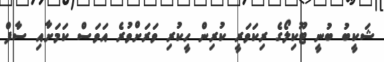
ޝަކީބު ބުނީ ޓޫކިލޯގެ ރިކަވަރީ ކުރިން ހީކުރި ވަރަށްވުރެ އަވަސް ކަމަށާއި ސާފް